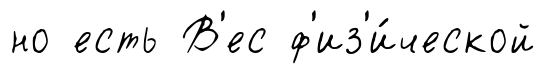
но есть В'ес ф'из'и́ческой